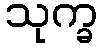
သုက္ခ